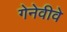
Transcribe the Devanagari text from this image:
गेनेवीवे